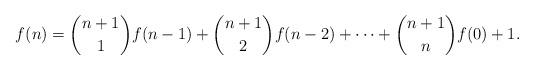
LaTeX: \begin{align*}f(n) = \binom{n+1}{1}f(n-1) + \binom{n+1}{2}f(n-2) + \cdots + \binom{n+1}{n}f(0)+1.\end{align*}